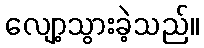
လျော့သွားခဲ့သည်။